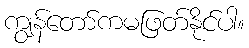
ကျွန်တော်ကမဖြတ်နိုင်ပါ။